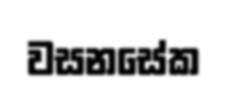
වසනසේක